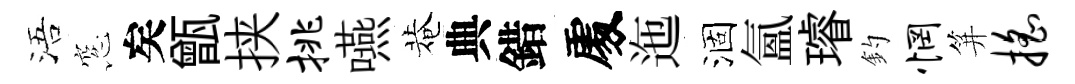
浯窓矣甑挟挑嚥菴典錯𠁅迤涸氳璿釣惘笄摇